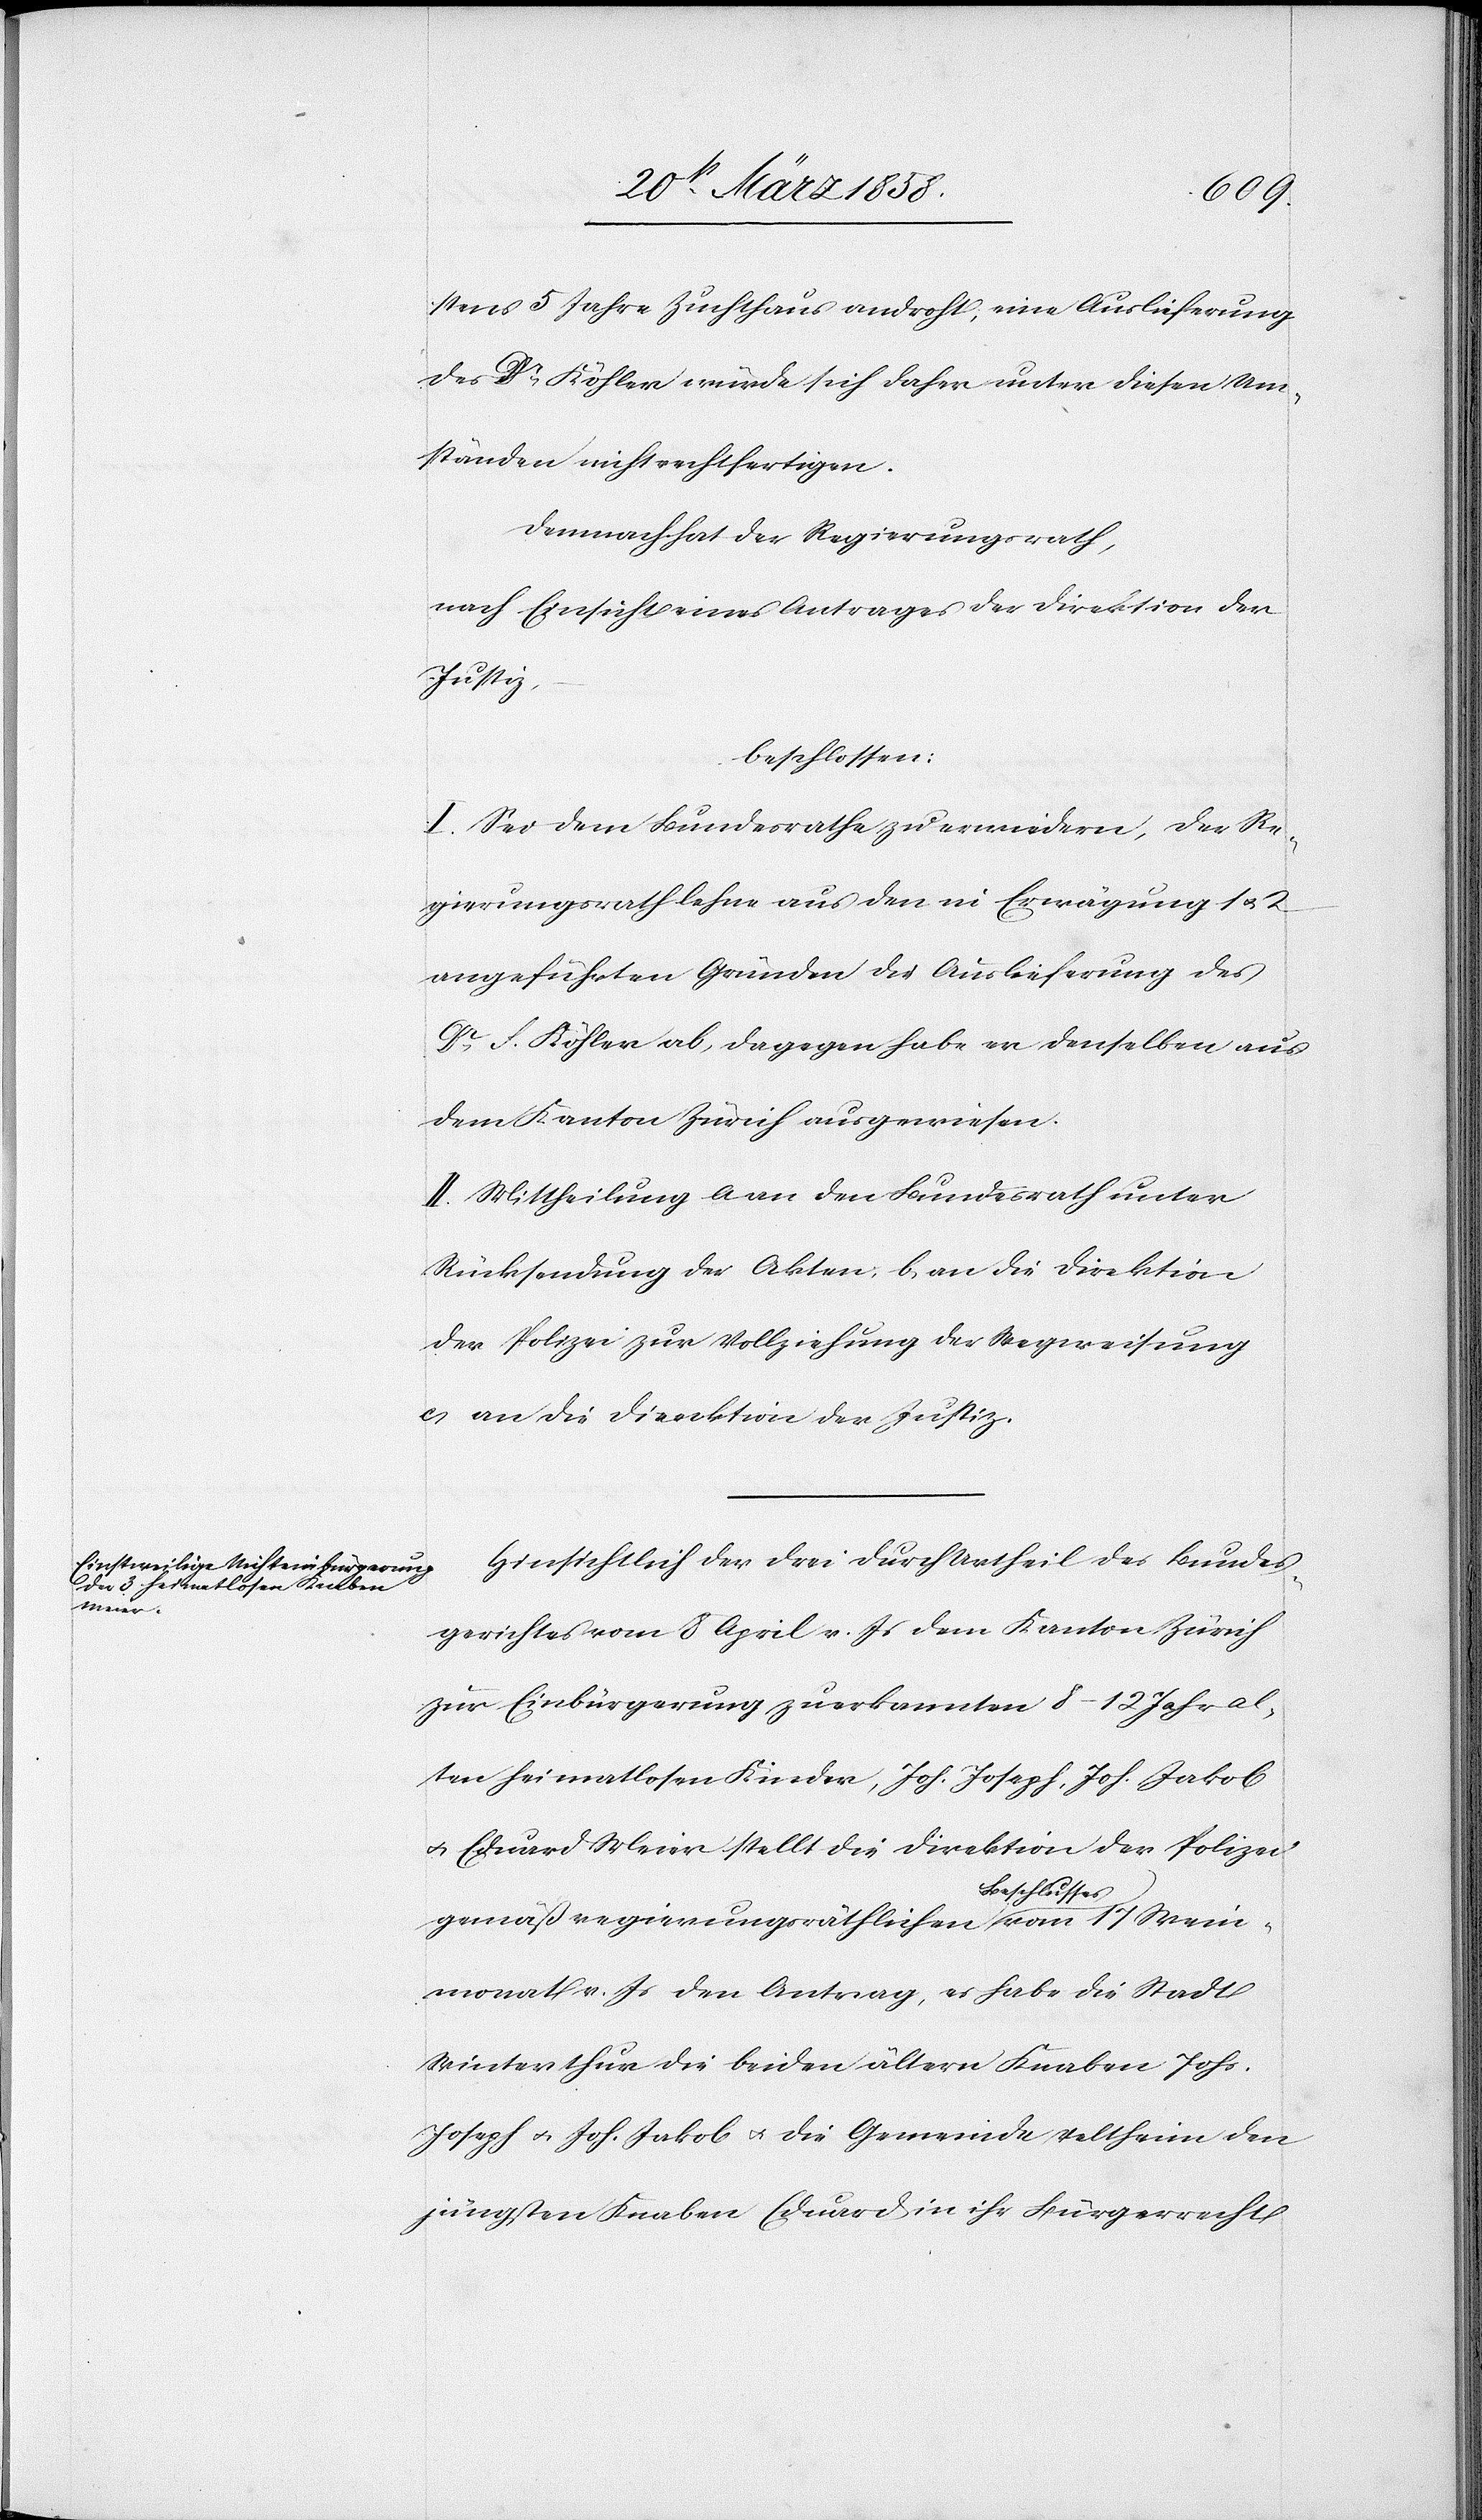
stens 5 Jahre Zuchthaus androht, eine Auslieferung
des Dr Köhler würde sich daher unter diesen Um¬
ständen nicht rechtfertigen.
Demnach hat der Regierungsrath,
nach Einsicht eines Antrages der Direktion der
Justiz,
beschlossen:
I. Sei dem Bundesrathe zu erwiedern, der Re¬
gierungsrath lehne aus den in Erwägung 1 u.
angeführten Gründen die Auslieferung des
Dr F. Köhler ab, dagegen habe er denselben aus
dem Kanton Zürich ausgewiesen.
II. Mittheilung a) an den Bundesrath unter
Rücksendung der Akten, b) an die Direktion
der Polizei zur Vollziehung der Wegweisung[,]
c) an die Direktion der Justiz.
Hinsichtlich der drei durch Urtheil des Bundes¬
gerichtes vom 8. April v. s. dem Kanton Zürich
zur Einbürgerung zuerkannten 8–12 Jahre al¬
ten heimatlosen Kinder, Joh. Joseph, Joh. Jakob
u. Eduard Meier stellt die Direktion der Polizei
gemäß regierungsräthlichen Beschlusses vom 17. Wein¬
monat v. Js. den Antrag, es habe die Stadt
Winterthur die beiden ältern Knaben Johs.
Joseph u. Joh. Jakob u. die Gemeinde Veltheim den
jüngsten Knaben Eduard in ihr Bürgerrecht